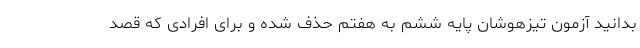
بدانید آزمون تیزهوشان پایه ششم به هفتم حذف شده و برای افرادی که قصد